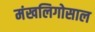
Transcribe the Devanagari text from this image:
मंखलिगोसाल